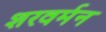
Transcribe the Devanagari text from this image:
शरवर्मन